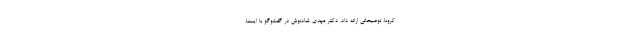
کرونا، توضیحاتی ارائه داد. دکتر مهدی شادنوش در گفت‌وگو با ایسنا،